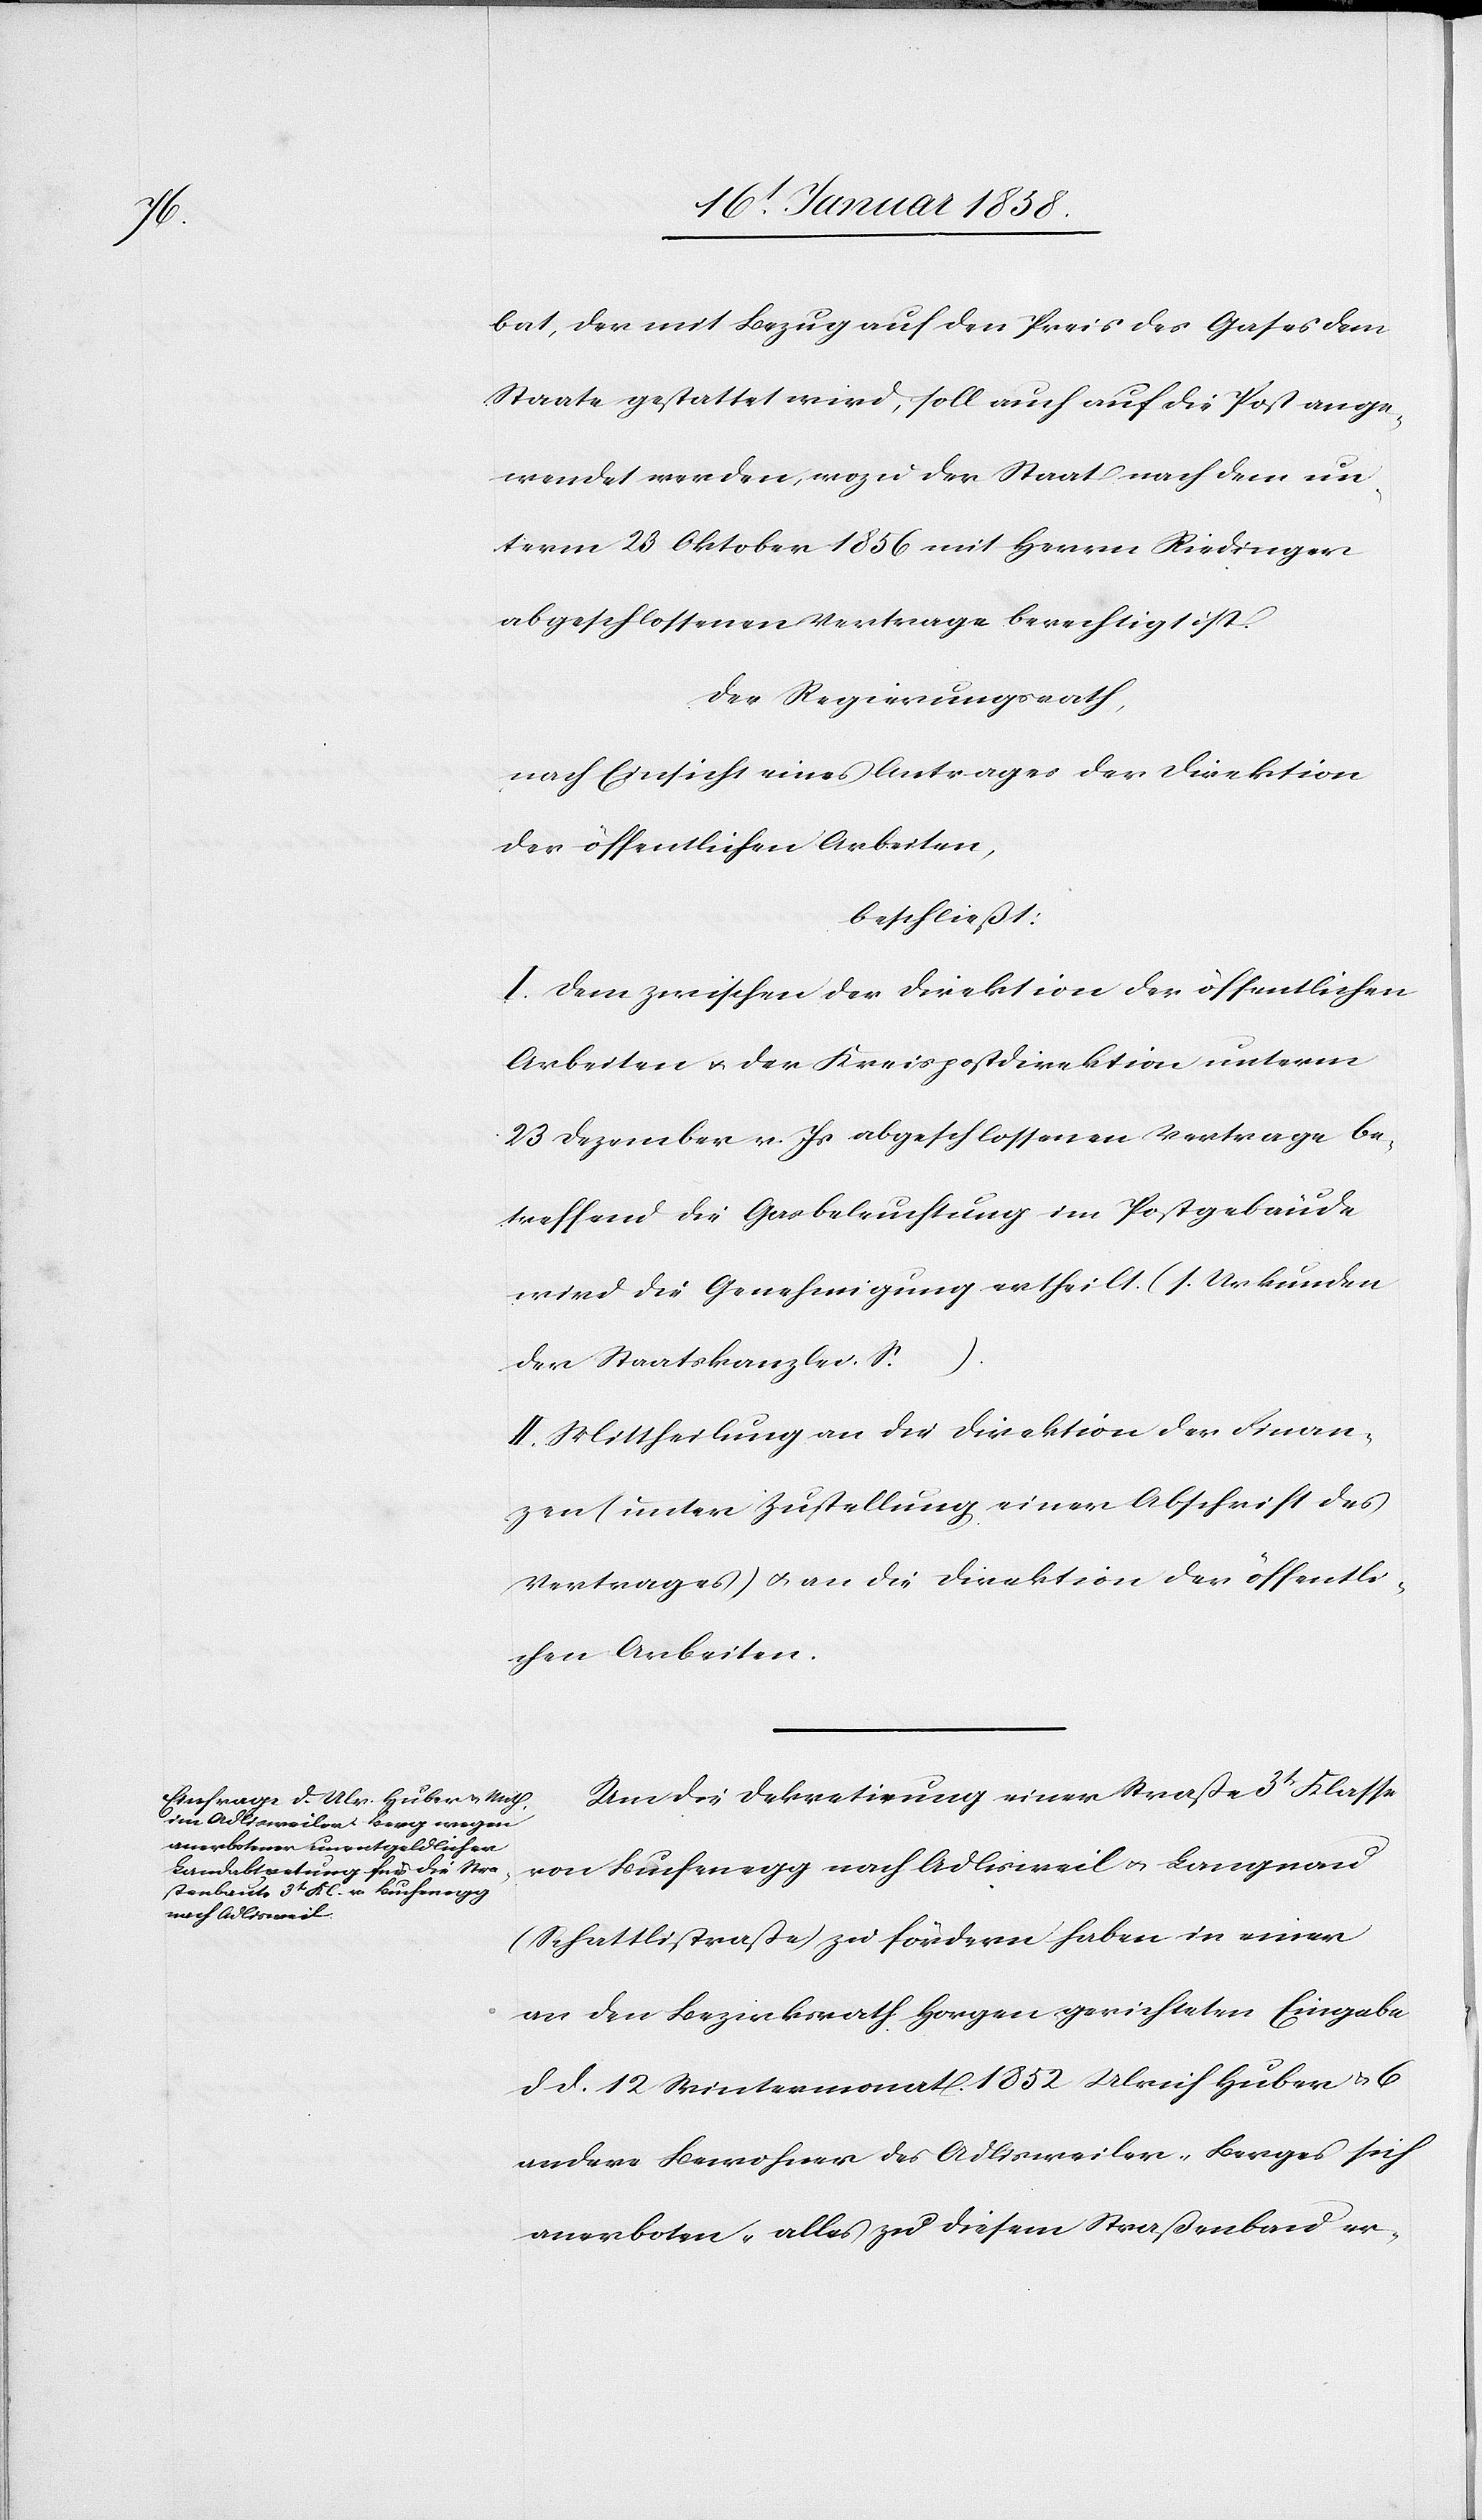
bat, der mit Bezug auf den Preis des Gases dem
Staate gestattet wird, soll auch auf die Post ange¬
wendet werden, wozu der Staat nach dem un¬
term 23 Oktober 1856 mit Herrn Riedinger
abgeschlossenen Vertrage berechtigt ist.
Der Regierungsrath,
nach Einsicht eines Antrages der Direktion
der öffentlichen Arbeiten,
beschließt:
I. Dem zwischen der Direktion der öffentlichen
Arbeiten u. der Kreispostdirektion unterm
23 Dezember v. Js abgeschlossenen Vertrage be¬
treffend die Gasbeleuchtung im Postgebäude
wird die Genehmigung ertheilt. (s. Urkunden
der Staatskanzlei S. …)
II. Mittheilung an die Direktion der Finan¬
zen (unter Zustellung einer Abschrift des
Vertrages) u. an die Direktion der öffentli¬
chen Arbeiten.
Um die Dekretirung einer Straße 3t Klasse
von Buchenegg nach Adlisweil u. Langnau
(Schattlistraße) zu fördern haben in einer
an den Bezirksrath Horgen gerichteten Eingabe
d. d. 12. Wintermonat 1852 Ulrich Huber u. 6
andere Bewohner des Adlisweiler-Berges sich
anerboten, „alles zu diesem Straßenbau er-